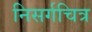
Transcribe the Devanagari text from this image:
निसर्गचित्र